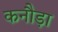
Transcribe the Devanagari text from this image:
कनौड़ा